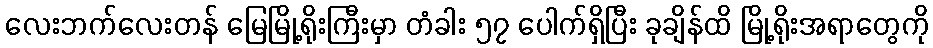
လေးဘက်လေးတန် မြေမြို့ရိုးကြီးမှာ တံခါး ၅၇ ပေါက်ရှိပြီး ခုချိန်ထိ မြို့ရိုးအရာတွေကို